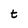
Character: t